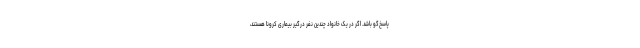
پاسخ‌گو باشد. اگر در یک خانواد چندین نفر درگیر بیماری کرونا هستند،